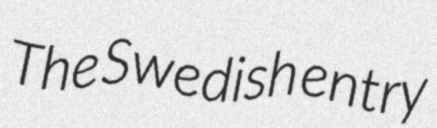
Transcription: The Swedish entry